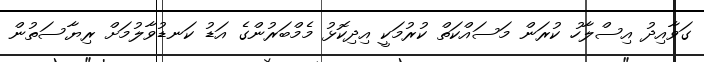
ގަވާއިދު އިސްލާހު ކުރަން މަސައްކަތް ކުރުމަކީ އިދިކޮޅު މެމްބަރުންގެ އަޑު ކަނޑުވާލުމަށް ރިޔާސަތުން